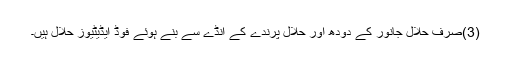
(3)صرف حلال جانور کے دودھ اور حلال پرندے کے انڈے سے بنے ہوئے فوڈ ایڈیٹیوز حلال ہیں۔